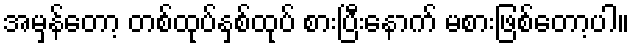
အမှန်တော့ တစ်ထုပ်နှစ်ထုပ် စားပြီးနောက် မစားဖြစ်တော့ပါ။